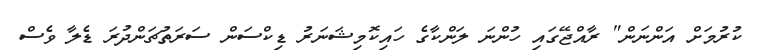
ކުރުމަށް އަންނަން" ރާއްޖޭގައި ހުންނަ ލަންކާގެ ހައިކޮމިޝަނަރު ޑިކްސަން ސަރަތުޗަންދުރަ ޑެލާ ވެސް